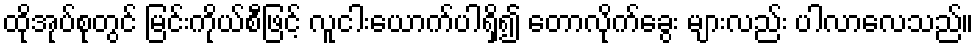
ထိုအုပ်စုတွင် မြင်းကိုယ်စီဖြင့် လူငါးယောက်ပါရှိ၍ တောလိုက်ခွေး များလည်း ပါလာလေသည်။